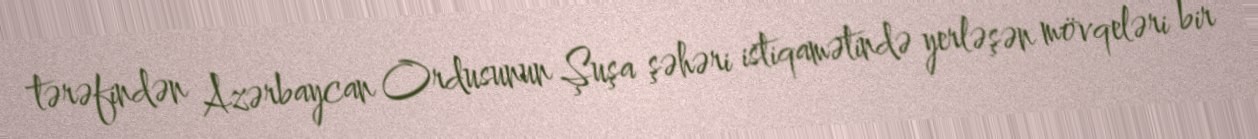
tərəfindən Azərbaycan Ordusunun Şuşa şəhəri istiqamətində yerləşən mövqeləri bir